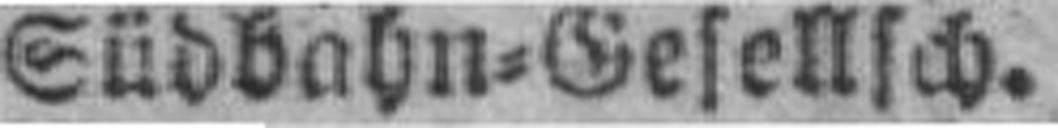
Südbabn=Gesellsch.